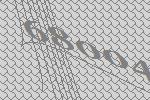
68004